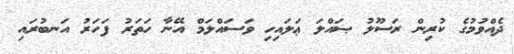
ދެއްވުމުގެ ކުރިން ރަސޫލު ޞައްލަ ޢަލައިހި ވަސައްލަމް އޭނާ ހަތަރު ފަހަރު އަނބުރައި